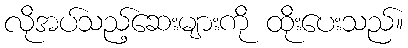
လိုအပ်သည့်ဆေးများကို ထိုးပေးသည်။